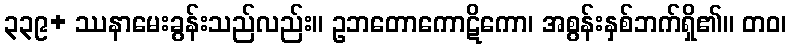
၃၃၉+ ဿနာမေးခွန်းသည်လည်း။ ဥဘတောကောဋိကော၊ အစွန်းနှစ်ဘက်ရှိ၏။ တဝ၊